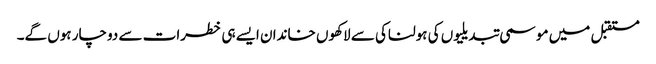
مستقبل میں موسمی تبدیلیوں کی ہولناکی سے لاکھوں خاندان ایسے ہی خطرات سے دوچار ہوں گے۔